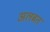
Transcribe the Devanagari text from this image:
अलबत